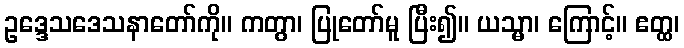
ဥဒ္ဒေသဒေသနာတော်ကို။ ကတွာ၊ ပြုတော်မူ ပြီး၍။ ယသ္မာ၊ ကြောင့်။ ဧတ္ထ၊